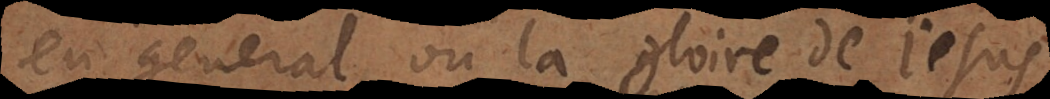
en general, où la gloire de Jesus